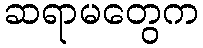
ဆရာမတွေက